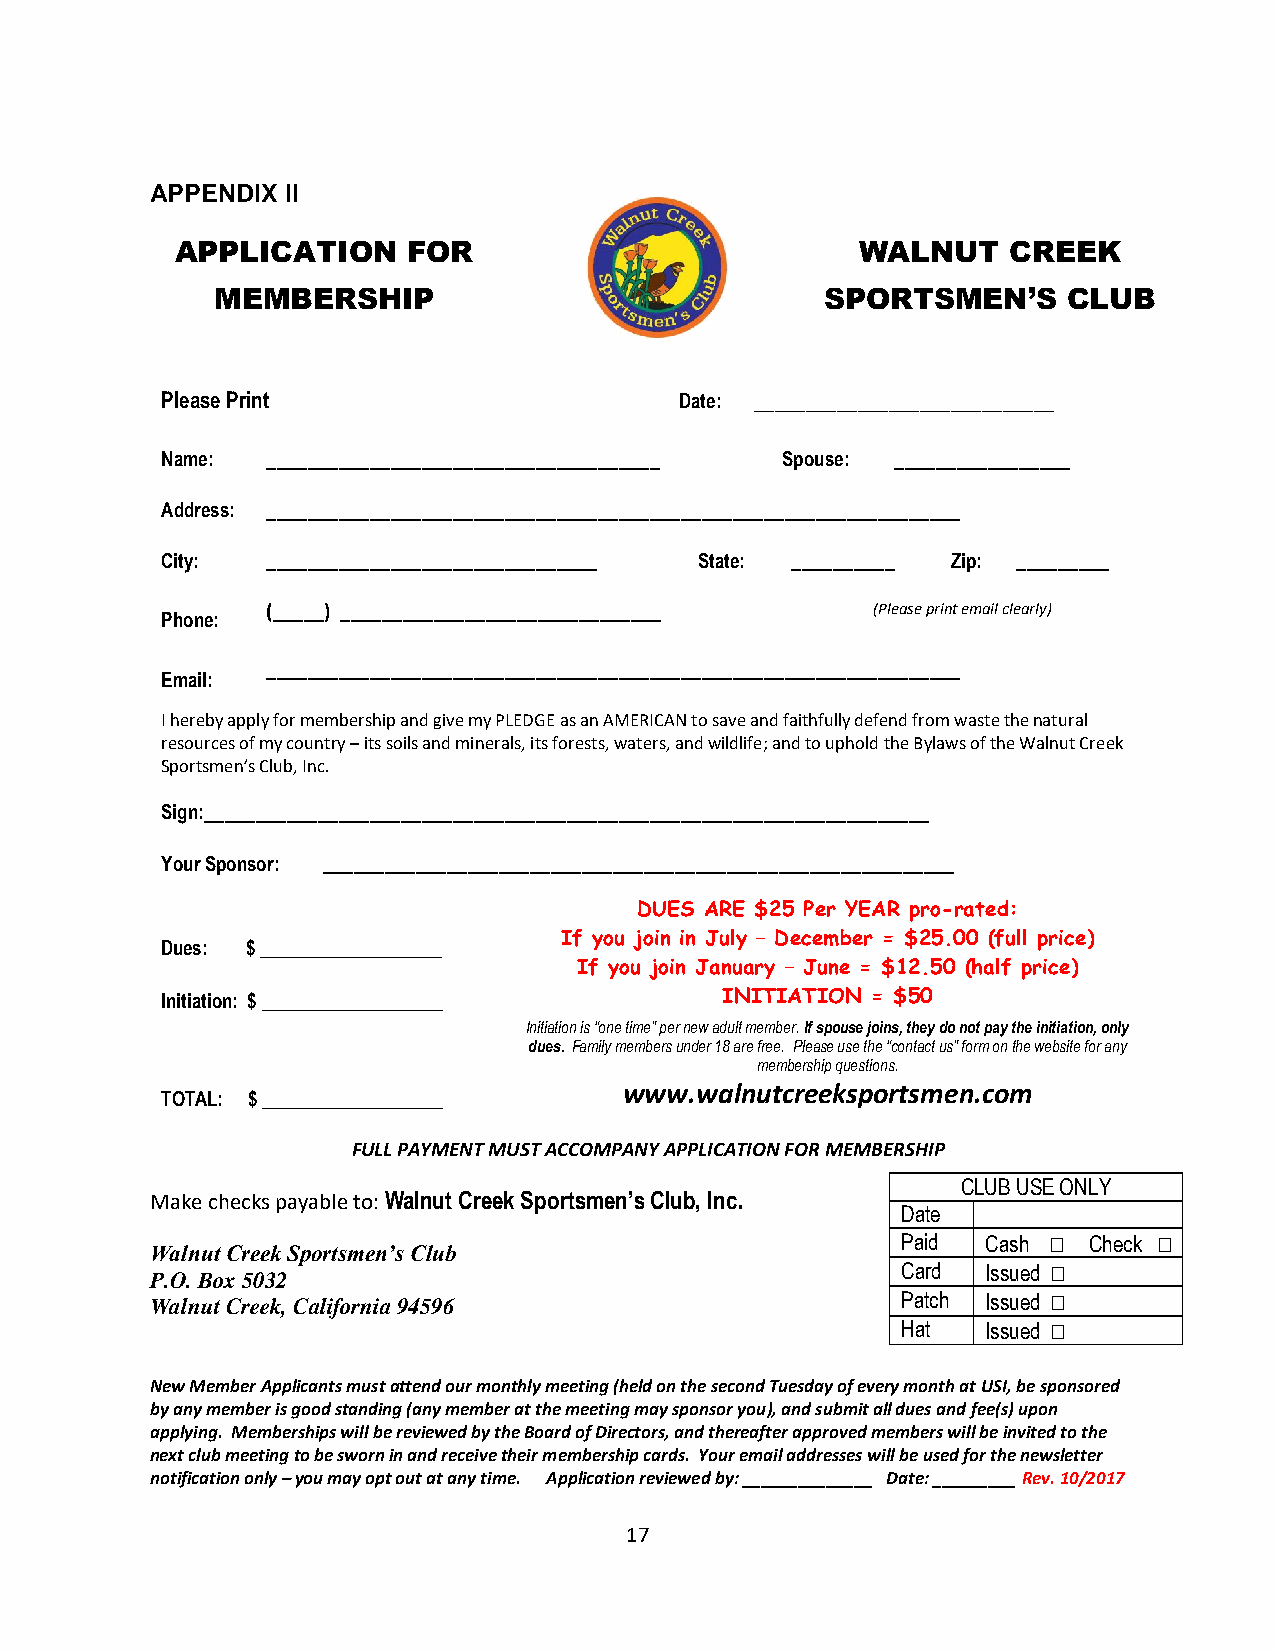
APPENDIX II
 APP LICA TION  FO R                          WALNUT    CREEK
 MEMBERSHIP                               SPORTSMEN’S     CLUB
 Please Print                      Date: _____________________________
 Name:  ______________________________________ Spouse: _________________
 Address: ___________________________________________________________________
 City:  ________________________________ State: __________ Zip: _________
 (_____) _______________________________ (Please print email clearly)
 Phone:
 ___________________________________________________________________
 Email:
 I hereby apply for membership and give my PLEDGE as an AMERICAN to save and faithfully defend from waste the natural
 resources of my country – its soils and minerals, its forests, waters, and wildlife; and to uphold the Bylaws of the Walnut Creek
 Sportsmen’s Club, Inc.
 Sign:______________________________________________________________________
 Your Sponsor: _____________________________________________________________
 DUES ARE $25 Per YEAR pro-rated:
 If you join in July – December = $25.00 (full price)
 Dues: $ ___________________
 If you join January – June = $12.50 (half price)
 Initiation: $ ___________________    INITIATION = $50
 Initiation is “one time” per new adult member. If spouse joins, they do not pay the initiation, only
 dues. Family members under 18 are free. Please use the “contact us” form on the website for any
 membership questions.
 www.walnutcreeksportsmen.com
 TOTAL: $ ___________________
 FULL PAYMENT MUST ACCOMPANY APPLICATION FOR MEMBERSHIP
 CLUB USE ONLY
 Make checks payable to: Walnut Creek Sportsmen’s Club, Inc.
 Date
 Paid Cash  Check 
 Walnut Creek Sportsmen’s Club
 Card Issued 
 P.O. Box 5032
 Walnut Creek, California 94596                    Patch Issued 
 Hat  Issued 
 New Member Applicants must attend our monthly meeting (held on the second Tuesday of every month at USI, be sponsored
 by any member is good standing (any member at the meeting may sponsor you), and submit all dues and fee(s) upon
 applying. Memberships will be reviewed by the Board of Directors, and thereafter approved members will be invited to the
 next club meeting to be sworn in and receive their membership cards. Your email addresses will be used for the newsletter
 notification only – you may opt out at any time. Application reviewed by: ______________ Date: _________ Rev. 10/2017
 17